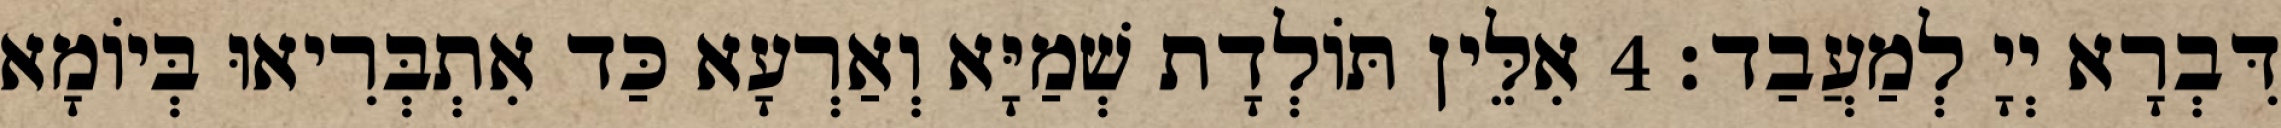
דִּבְרָא יְיָ לְמַעֲבַד׃ 4 אִלֵּין תּוֹלְדָת שְׁמַיָּא וְאַרְעָא כַּד אִתְבְּרִיאוּ בְּיוֹמָא